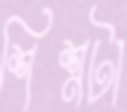
শিশ্নটা